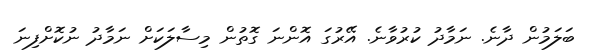
ބަލަމުން ދާނެ. ނަމާދު ކުރުވާނެ. އޭރުގަ އޮންނަ ގޮތުން މިސާލަކަށް ނަމާދު ނުކޮށްފިނަ